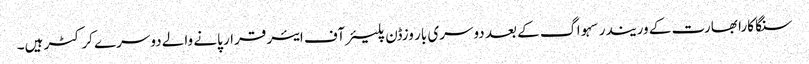
سنگا کارا بھارت کے وریندر سہواگ کے بعد دوسری بار وزڈن پلیئرآف ایئر قرار پانے والے دوسرے کرکٹر ہیں۔